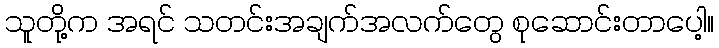
သူတို့က အရင် သတင်းအချက်အလက်တွေ စုဆောင်းတာပေါ့။